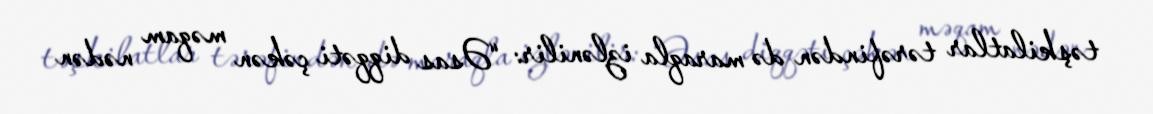
təşkilatlar tərəfindən də maraqla izlənilir: “Əsas diqqəti çəkən məqam nədən